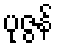
ပုဇွန်